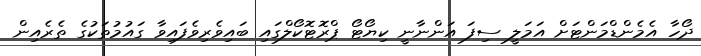
ދޯހާ އެމެންޑްމަންޓަށް އަމަލީ ސިފަ އަންނާނީ ކިޔޯޓޯ ޕްރޮޓޮކޯލްގައި ބައިވެރިވެފައިވާ ގައުމުތަކުގެ ތެރެއިން